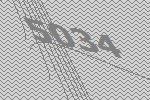
5034